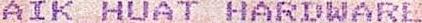
AIK HUAT HARDWARE